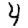
Digit: 4